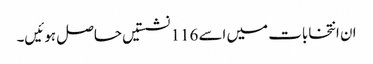
ان انتخابات میں اسے 116 نشستیں حاصل ہوئیں۔